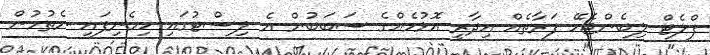
ފްލެޓް ލިބެންޖެހޭ ފަރާތެއް އިދާރީ އޮޅުމެއްގެ ސަބަބުން އެ ލިސްޓުގައި ހިމެނިފައި ނެތުމުން